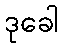
ဒုခေါ